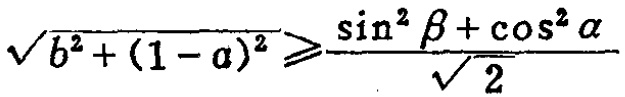
\(\sqrt{b^{2}+(1 - a)^{2}}\geqslant\frac{\sin^{2}\beta+\cos^{2}\alpha}{\sqrt{2}}\)